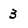
Character: 3